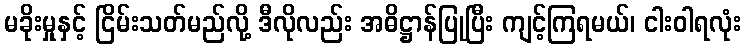
မခိုးမှုနှင့် ငြိမ်းသတ်မည်လို့ ဒီလိုလည်း အဓိဋ္ဌာန်ပြုပြီး ကျင့်ကြရမယ်၊ ငါးဝါရလုံး